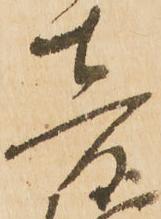
音